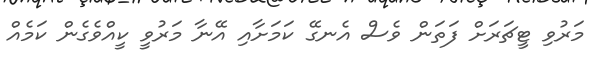
މަރުވި ޓީޗަރަށް ފަތަން ވެސް އެނގޭ ކަމަށާއި އޭނާ މަރުވީ ކީއްވެގެން ކަމެއް